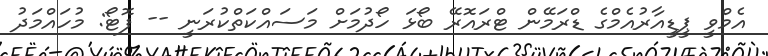
އެމްވީ ޕީޑީއާރުއެމްގެ ޑްރަމޭން ޓްރައޮރޭ ބޯޅަ ހޯދުމަށް މަސައްކަތްކުރަނީ -- ފޮޓޯ: މުހައްމަދު